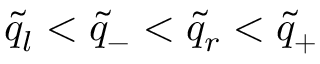
\tilde { q } _ { l } < \tilde { q } _ { - } < \tilde { q } _ { r } < \tilde { q } _ { + }